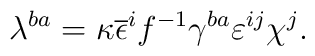
\lambda^{ba}=\kappa\overline{\epsilon}^if^{-1}\gamma^{ba}\varepsilon^{ij}\chi^j.